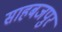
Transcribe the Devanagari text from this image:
साहबजपुर